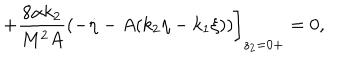
LaTeX: + \frac { 8 \alpha k _ { 2 } } { M ^ { 2 } A } ( - \dot { \eta } - A ( k _ { 2 } \eta - k _ { 1 } \xi ) ) \bigg ] _ { z _ { 2 } = 0 + } = 0 ,